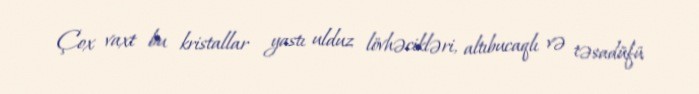
Çox vaxt bu kristallar yastı ulduz lövhəcikləri, altıbucaqlı və təsadüfü